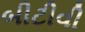
બીટીવી